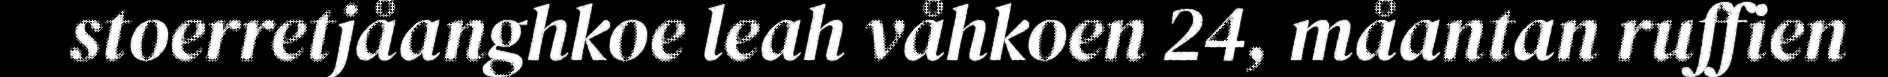
stoerretjåanghkoe leah våhkoen 24, måantan ruffien